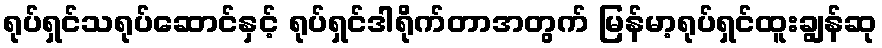
ရုပ်ရှင်သရုပ်ဆောင်နှင့် ရုပ်ရှင်ဒါရိုက်တာအတွက် မြန်မာ့ရုပ်ရှင်ထူးချွန်ဆု